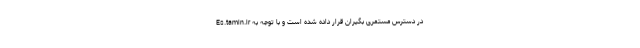
Es.tamin.ir در دسترس مستمری بگیران قرار داده شده است و با توجه به